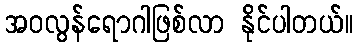
အဝလွန်ရောဂါဖြစ်လာ နိုင်ပါတယ်။